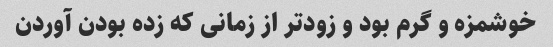
خوشمزه و گرم بود و زودتر از زمانی که زده بودن آوردن